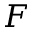
F